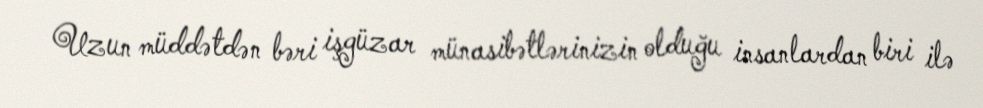
Uzun müddətdən bəri işgüzar münasibətlərinizin olduğu insanlardan biri ilə